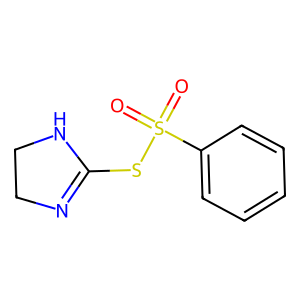
SMILES: O=S(=O)(SC1=NCCN1)c1ccccc1
Inhibits HIV replication: Yes